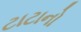
ટાટાનો